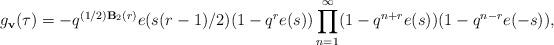
LaTeX: \begin{align*}g_\mathbf{v}(\tau)=-q^{(1/2)\mathbf{B}_2(r)}e(s(r-1)/2)(1-q^re(s))\prod_{n=1}^{\infty}(1-q^{n+r}e(s))(1-q^{n-r}e(-s)),\end{align*}